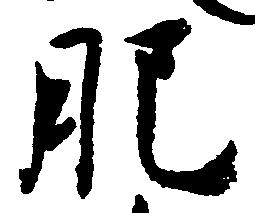
肥